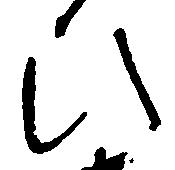
ひ